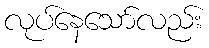
လုပ်နေသော်လည်း